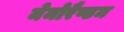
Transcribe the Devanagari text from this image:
मेमोरैण्डम